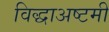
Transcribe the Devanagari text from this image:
विद्धाअष्टमी